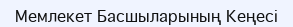
Мемлекет Басшыларының Кеңесі